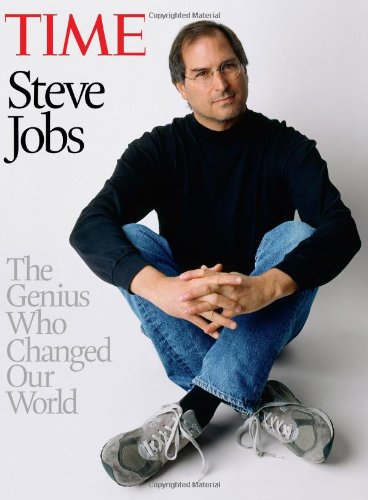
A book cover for Time Steve Jobs: The Genius Who Changed Our World; Editors of TIME; Computers & Technology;